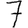
Digit: 7